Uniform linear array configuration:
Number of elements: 8
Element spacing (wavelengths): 1
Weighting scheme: uniform
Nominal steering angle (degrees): -60
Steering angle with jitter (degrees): -60.292
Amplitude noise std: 0.05
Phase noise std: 0.05

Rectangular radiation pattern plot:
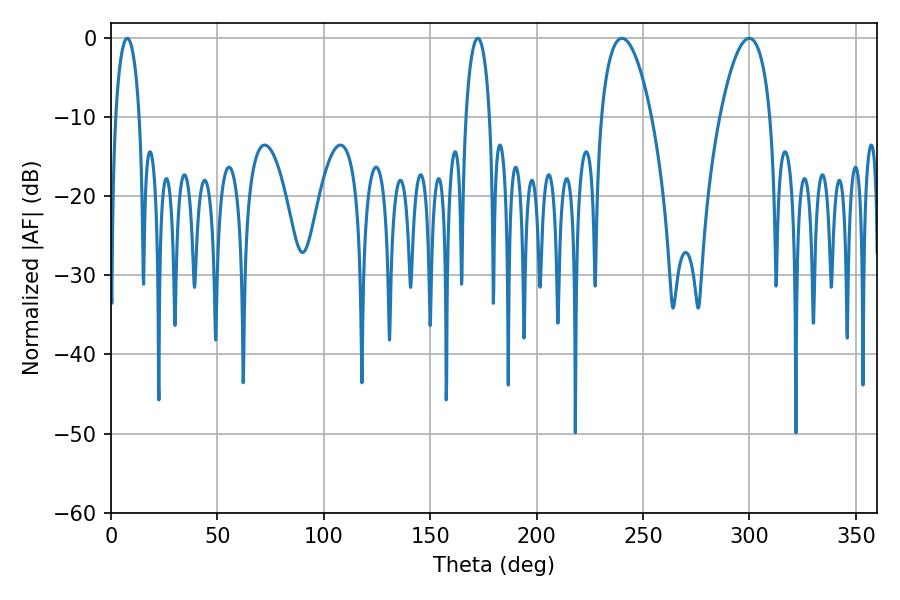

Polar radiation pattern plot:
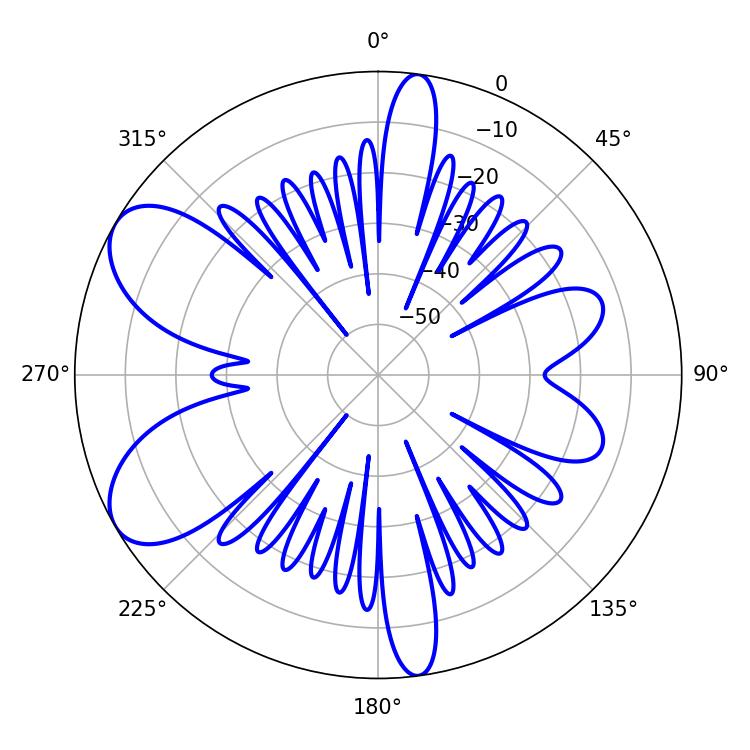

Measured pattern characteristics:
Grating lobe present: TRUE
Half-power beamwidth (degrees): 13.14
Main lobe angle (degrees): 240.12